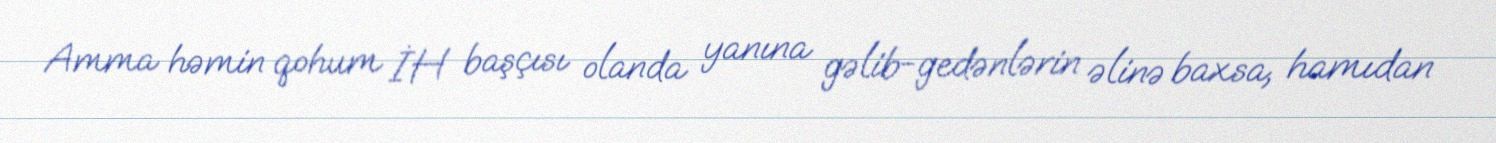
Amma həmin qohum İH başçısı olanda yanına gəlib-gedənlərin əlinə baxsa, hamıdan